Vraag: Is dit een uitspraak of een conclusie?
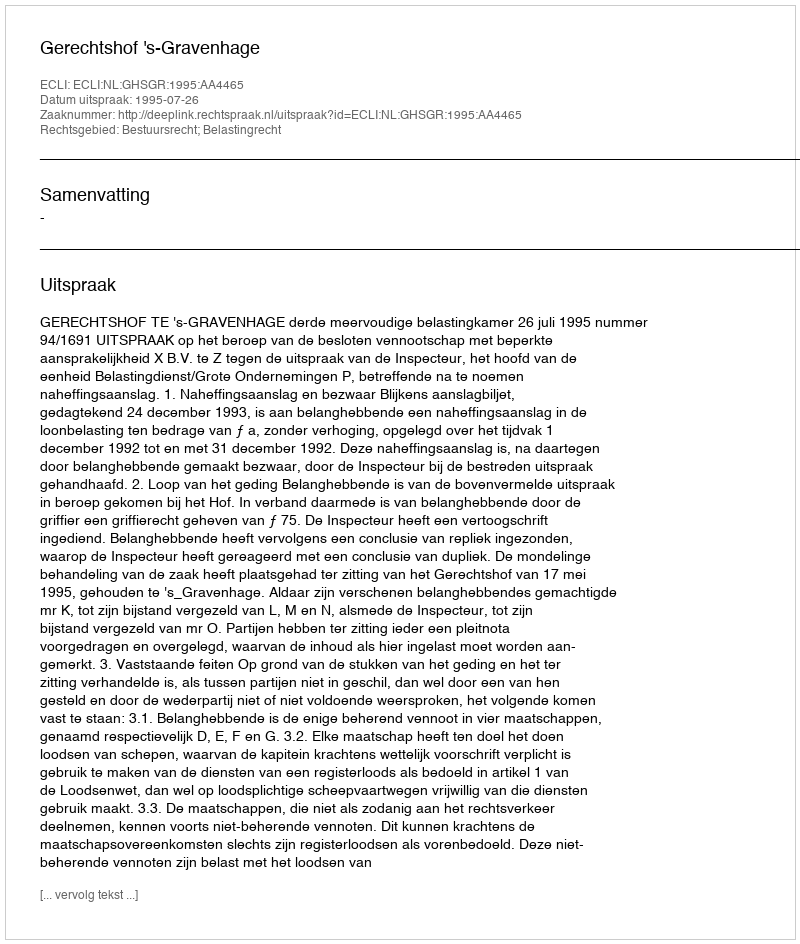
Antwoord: Uitspraak